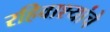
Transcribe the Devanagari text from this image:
रहिवाश्यांचे